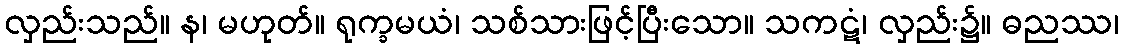
လှည်းသည်။ န၊ မဟုတ်။ ရုက္ခမယံ၊ သစ်သားဖြင့်ပြီးသော။ သကဋံ၊ လှည်း၌။ ဓညဿ၊